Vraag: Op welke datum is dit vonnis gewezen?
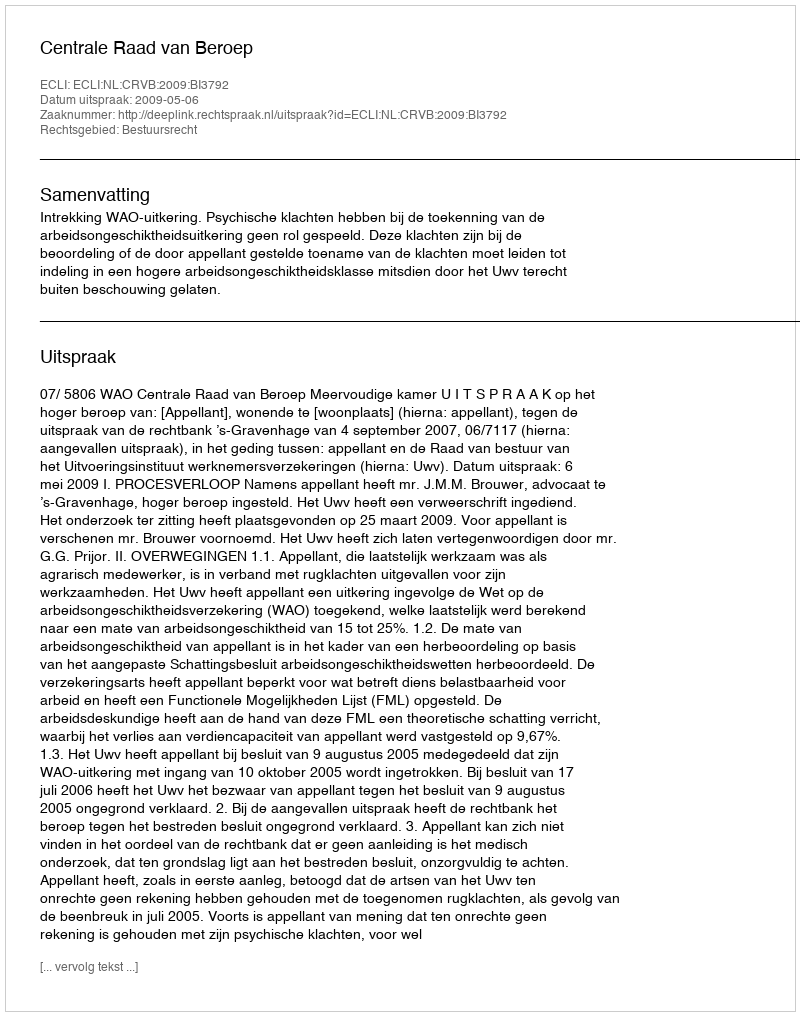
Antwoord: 2009-05-06